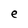
Character: e